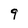
Character: 9